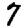
Digit: 7